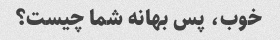
خوب، پس بهانه شما چیست؟